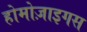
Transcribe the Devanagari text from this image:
होमोज़ाइगस